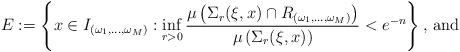
LaTeX: \begin{align*}E := \left\{ x \in I _{(\omega _1 , \ldots , \omega _M)} : \inf _{r > 0} \frac{\mu \left(\Sigma _r ( \xi , x ) \cap R _{(\omega _1 , \ldots , \omega _M)} \right)}{\mu \left( \Sigma _r ( \xi , x ) \right)} < e ^{-n} \right\} \mbox{, and}\end{align*}